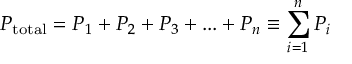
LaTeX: P _ { \mathrm { { t o t a l } } } = P _ { 1 } + P _ { 2 } + P _ { 3 } + . . . + P _ { n } \equiv \sum _ { i = 1 } ^ { n } P _ { i }